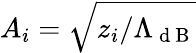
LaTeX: A_{i}=\sqrt{{z_{i}}/{\Lambda_{\mathrm{~d~B~}}}}